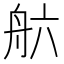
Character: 𮎄